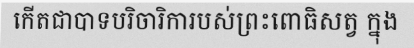
កើតជាបាទបរិចារិការបស់ព្រះពោធិសត្វ ក្នុង